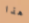
هذا